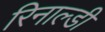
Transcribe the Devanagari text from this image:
रिनाल्डी